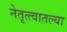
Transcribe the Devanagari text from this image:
नेतृत्त्वातल्या